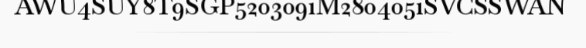
AWU4SUY8T9SGP5203091M2804051SVCSSWAN